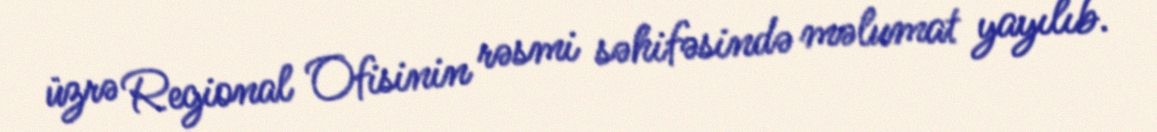
üzrə Regional Ofisinin rəsmi səhifəsində məlumat yayılıb.